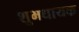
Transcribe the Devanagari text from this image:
शुभधायक